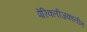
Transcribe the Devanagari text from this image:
पेरिक्लीज़कालीन